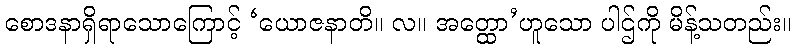
စောဒနာရှိရာသောကြောင့် ‘ယောဇနာတိ။ လ။ အတ္ထော’ဟူသော ပါဌ်ကို မိန့်သတည်း။